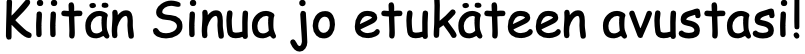
Kiitän Sinua jo etukäteen avustasi!